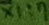
Text: X1:7